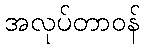
အလုပ်တာဝန်